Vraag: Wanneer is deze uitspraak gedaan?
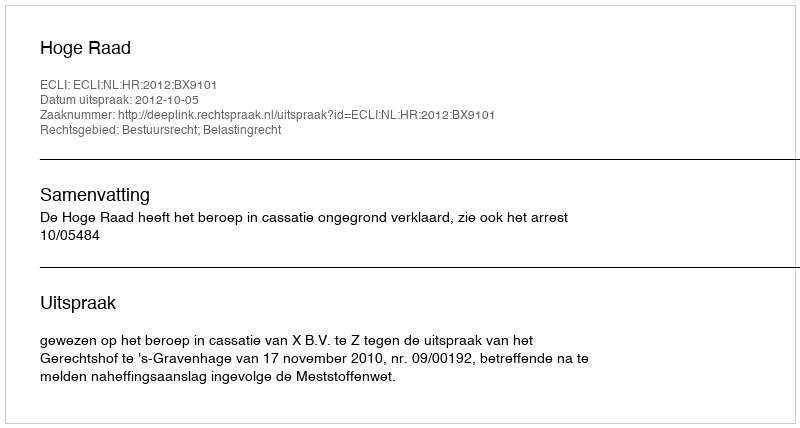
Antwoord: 2012-10-05